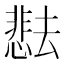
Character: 𫨰